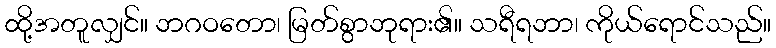
ထို့အတူလျှင်။ ဘဂဝတော၊ မြတ်စွာဘုရား၏။ သရီရဘာ၊ ကိုယ်ရောင်သည်။